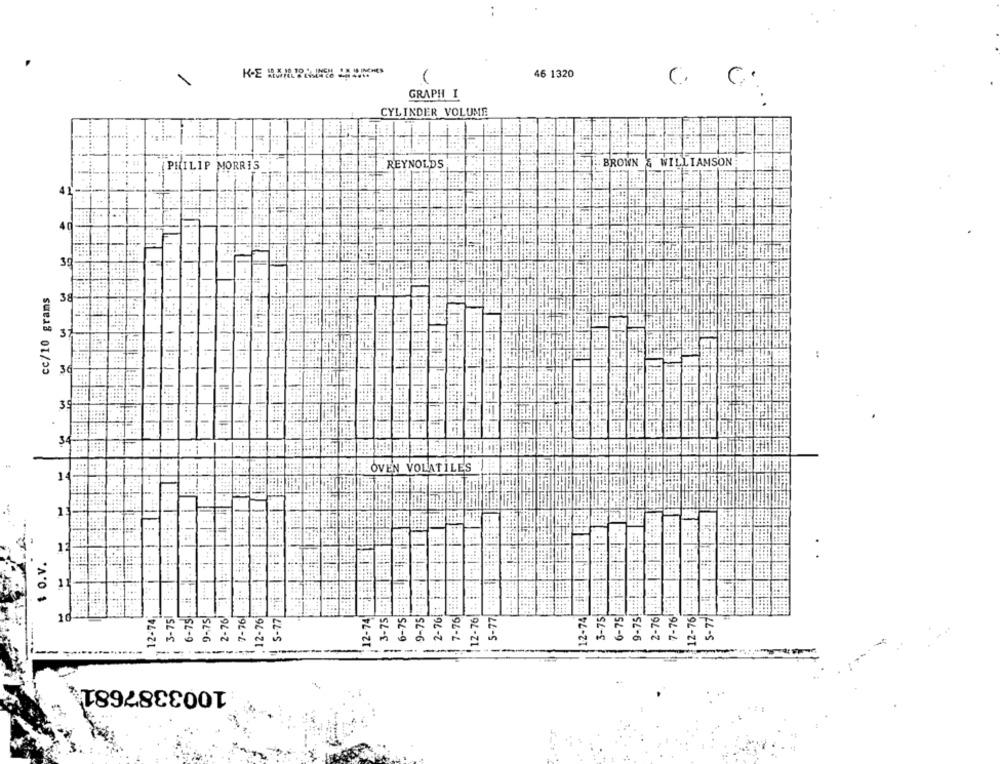
46 1320
C C:
GRAPH I
CYLINDER VOLUME
PHILIP MORRIS
REYNOLDS
BROWN & WILLIAMSON
41
39
cc/10 grams
38
3
36
3.
OVEN VOLATILES !
$ O.V.
12-74 audi:im
12-74 :
6-75 BE
3-75 .
6-75
9-75
5-77
12-74
3-751
-75
-75
2-76!
7-761
12-76
S-77
9-75
7-76
12-76|
5-77
3-75
2-76|
7-76
12-76
10
1003387681